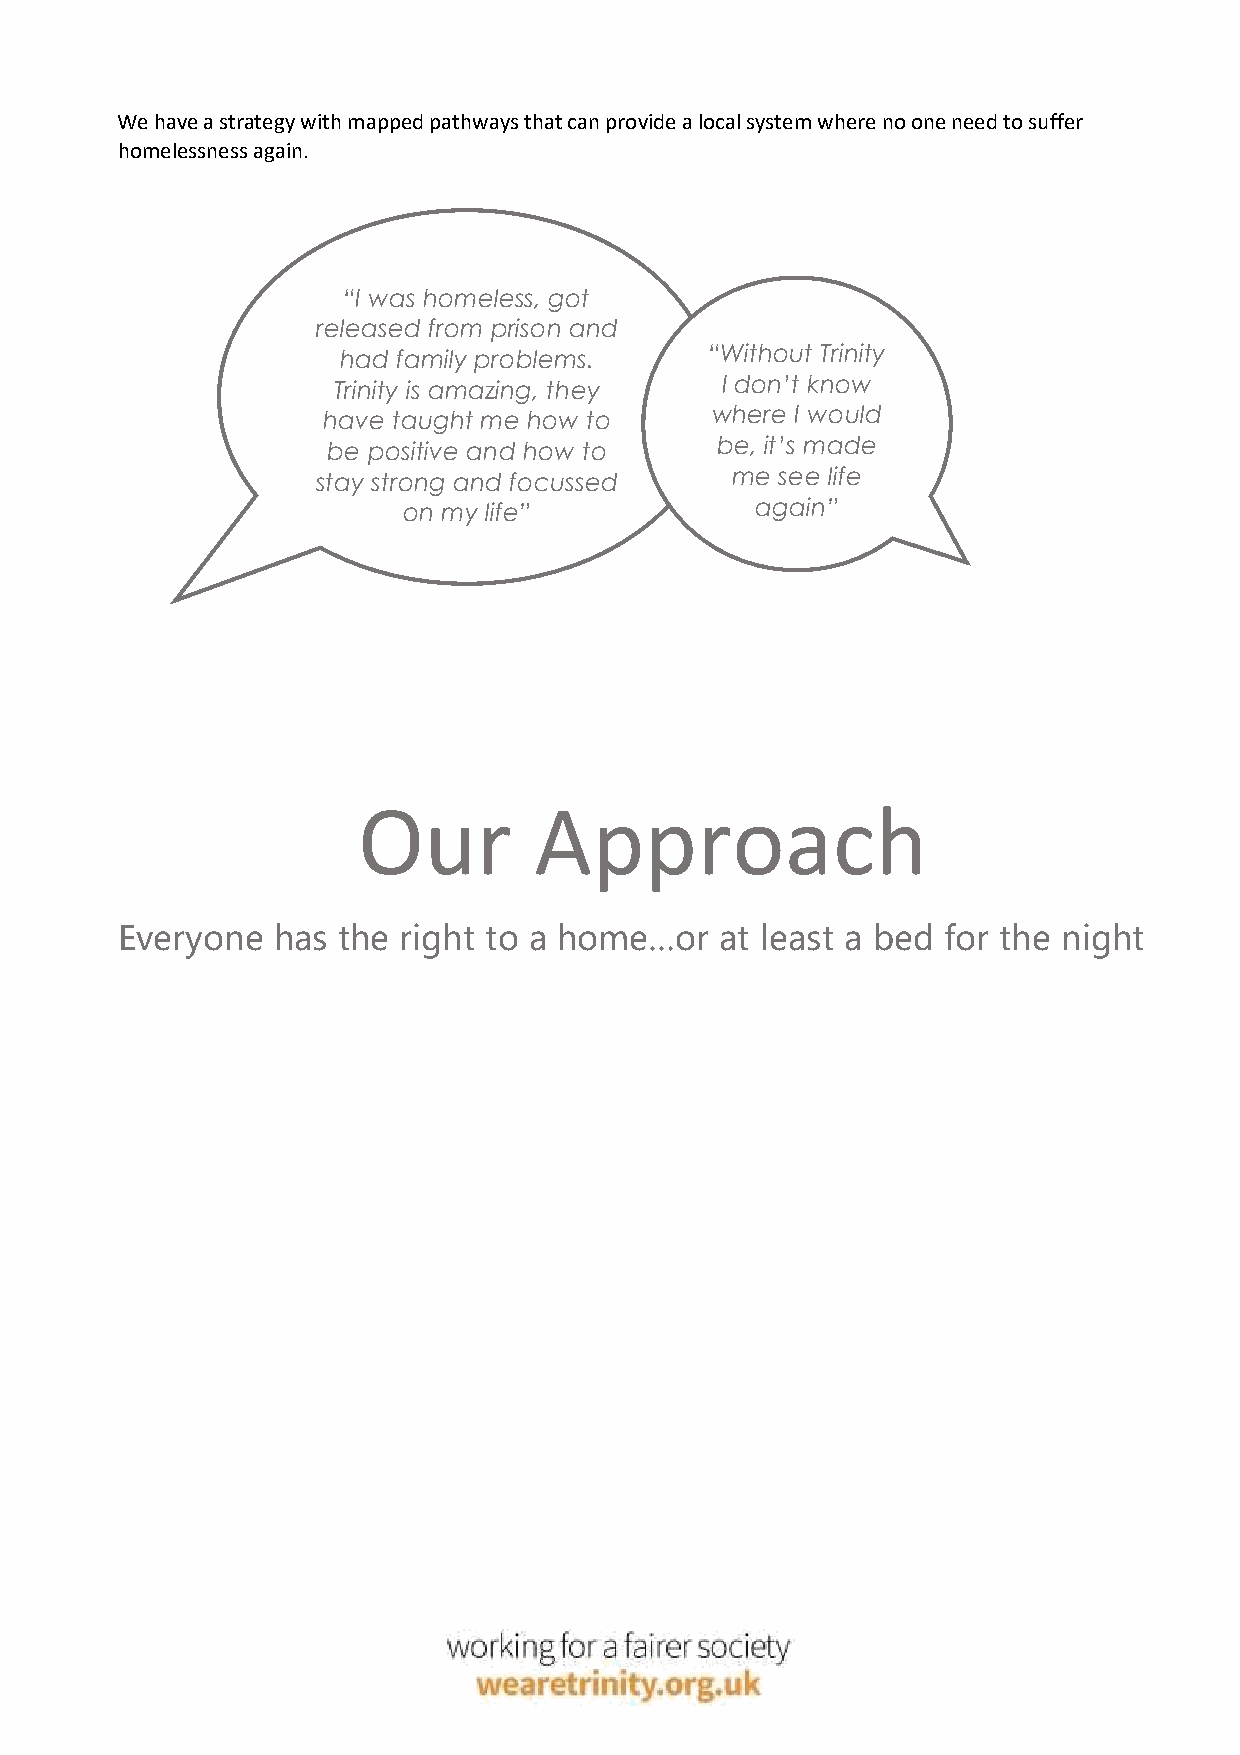
We have a strategy with mapped pathways that can provide a local system where no one need to suffer
 homelessness again.
 “I was homeless, got
 released from prison and
 had family problems.     “Without Trinity
 Trinity is amazing, they  I don’t know
 have taught me how to     where I would
 be positive and how to   be, i t’s made
 stay strong and focussed   me  see life
 on my life”            again”
 Our        Approach
 Everyone  has the right to a home…or    at least a bed for the night